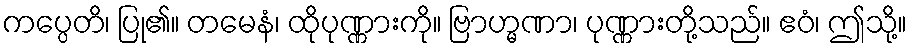
ကပ္ပေတိ၊ ပြု၏။ တမေနံ၊ ထိုပုဏ္ဏားကို။ ဗြာဟ္မဏာ၊ ပုဏ္ဏားတို့သည်။ ဧဝံ၊ ဤသို့။